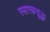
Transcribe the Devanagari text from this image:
स्मारकसुद्धा